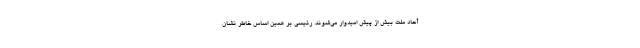
آحاد ملت بیش از پیش امیدوار می‌شوند. رئیسی بر همین اساس خاطر نشان